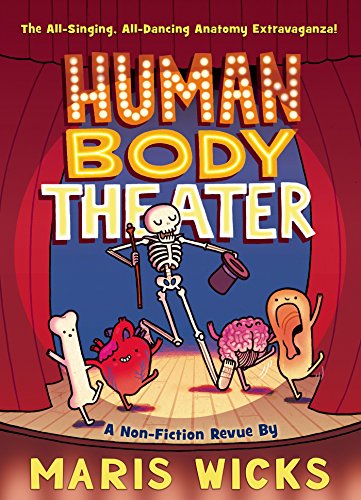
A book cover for Human Body Theater; Maris Wicks; Children's Books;